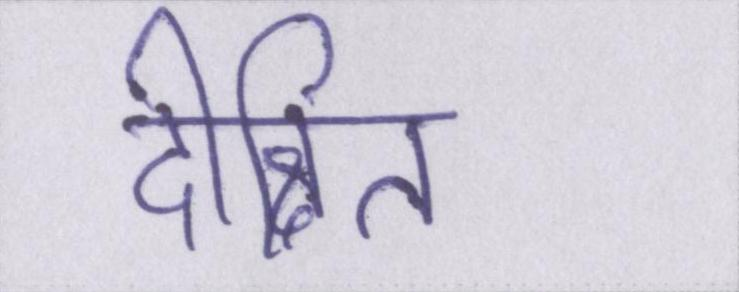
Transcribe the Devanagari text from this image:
दीक्षित